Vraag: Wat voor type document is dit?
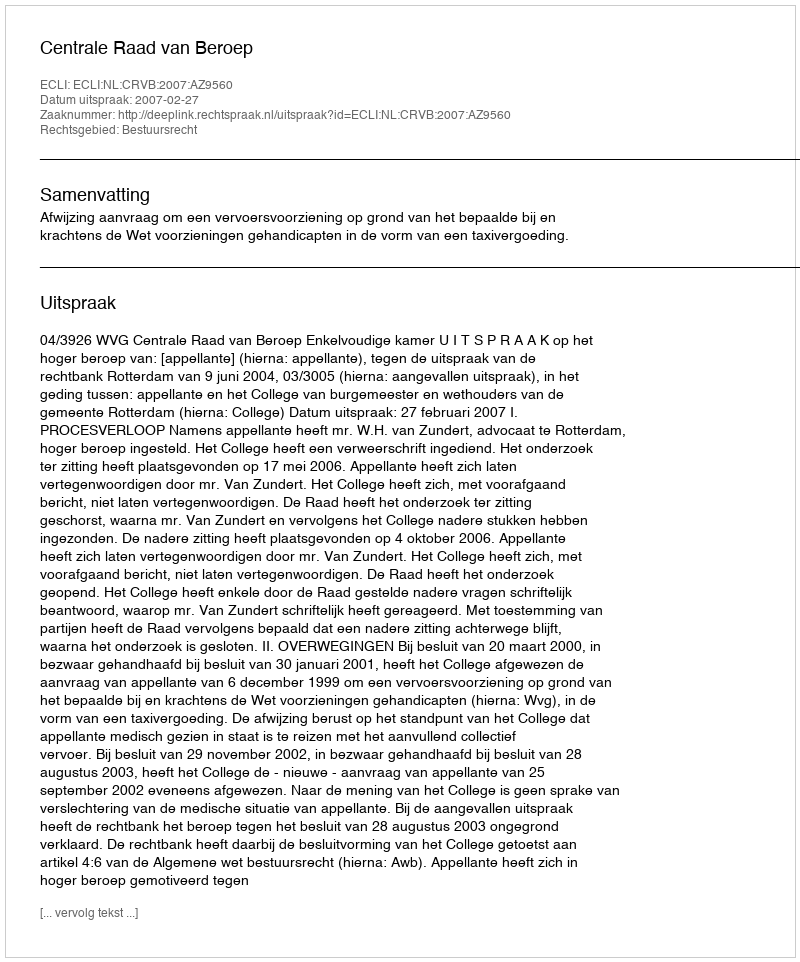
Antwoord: Uitspraak